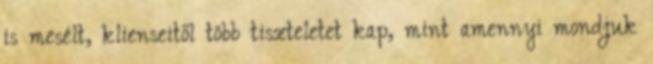
is mesélt, klienseitől több tiszteletet kap, mint amennyi mondjuk